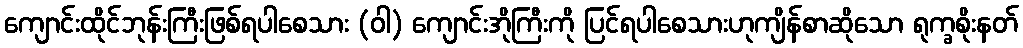
ကျောင်းထိုင်ဘုန်းကြီးဖြစ်ရပါစေသား (ဝါ) ကျောင်းအိုကြီးကို ပြင်ရပါစေသားဟုကျိန်စာဆိုသော ရုက္ခစိုးနတ်